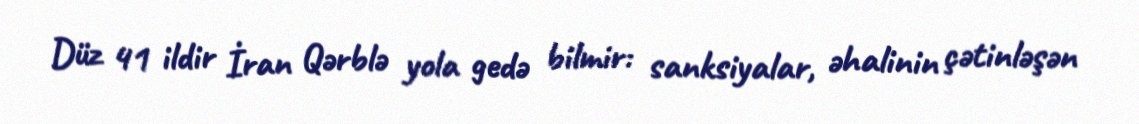
Düz 41 ildir İran Qərblə yola gedə bilmir: sanksiyalar, əhalinin çətinləşən